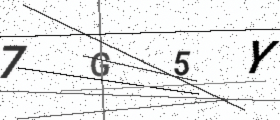
Text: 7G5Y